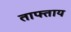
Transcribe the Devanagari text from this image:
ताफ्ताय